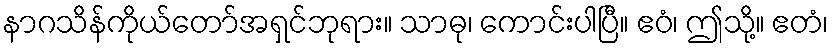
နာဂသိန်ကိုယ်တော်အရှင်ဘုရား။ သာဓု၊ ကောင်းပါပြီ။ ဧဝံ၊ ဤသို့။ ဧတံ၊